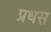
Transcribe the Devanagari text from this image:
प्रधस